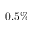
0 . 5 \%